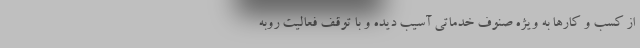
از کسب و کارها به ویژه صنوف خدماتی آسیب دیده و با توقف فعالیت روبه